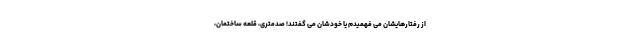
از رفتارهایشان می فهمیدم یا خودشان می گفتند! صدمتری، قلعه ساختمان،